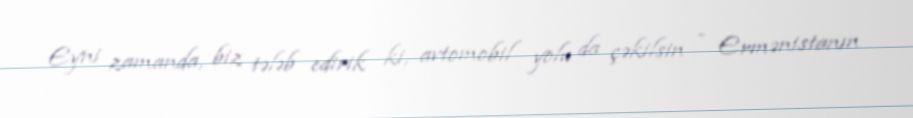
Eyni zamanda, biz tələb edirik ki, avtomobil yolu da çəkilsin - Ermənistanın